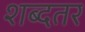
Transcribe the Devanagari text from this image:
शब्दतर